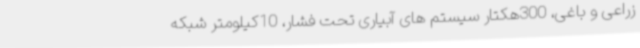
زراعی و باغی، 300هکتار سیستم های آبیاری تحت فشار، 10کیلومتر شبکه